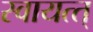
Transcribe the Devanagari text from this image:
स्वायत्त्